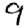
Digit: 9